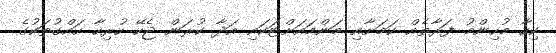
ކިހާ މުހިންމު ފަރާތެއް ކަމަށާއި މަންމައަށްޓަކައި އަދާ ކުރަން ޖެހޭ ހުރިހާ ހައްގުތަކުގެ